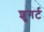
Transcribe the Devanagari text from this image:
शुगर्ट